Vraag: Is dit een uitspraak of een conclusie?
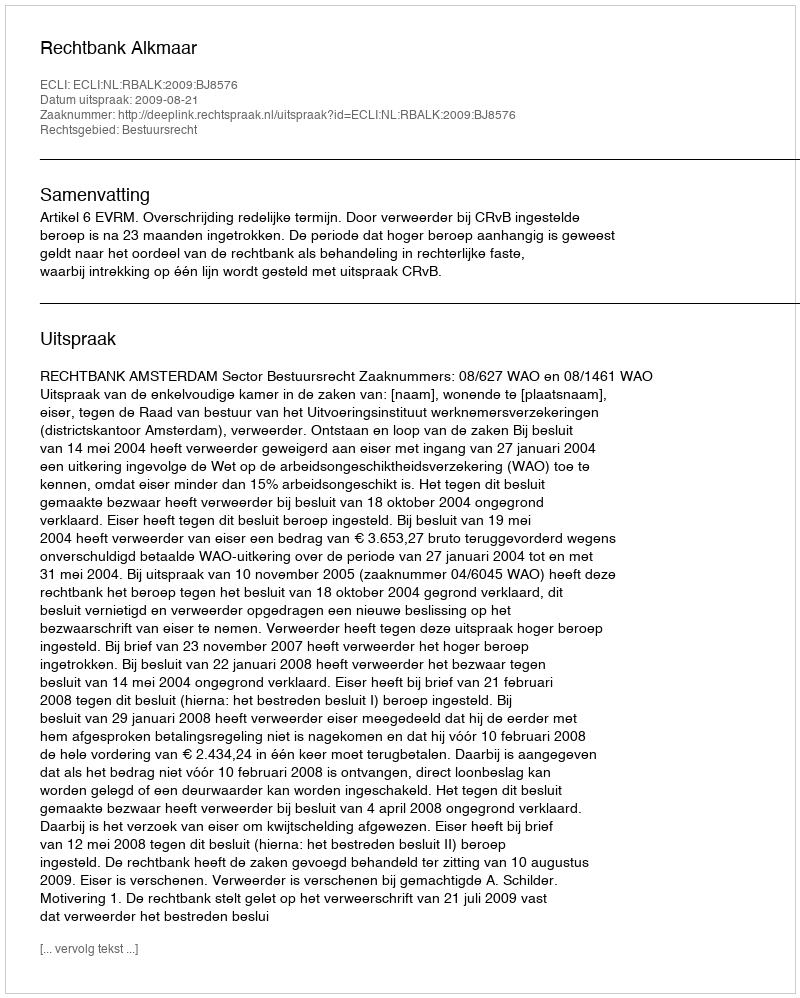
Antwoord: Uitspraak